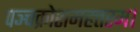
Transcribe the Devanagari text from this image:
पञ्चक्रोशमहत्तरम।